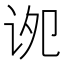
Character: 𫍠